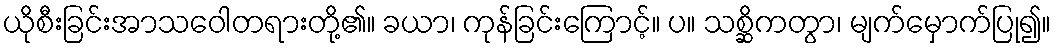
ယိုစီးခြင်းအာသဝေါတရားတို့၏။ ခယာ၊ ကုန်ခြင်းကြောင့်။ ပ။ သစ္ဆိကတွာ၊ မျက်မှောက်ပြု၍။